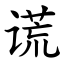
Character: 谎